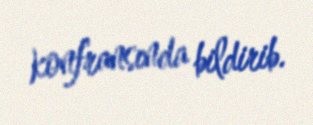
konfransında bildirib.